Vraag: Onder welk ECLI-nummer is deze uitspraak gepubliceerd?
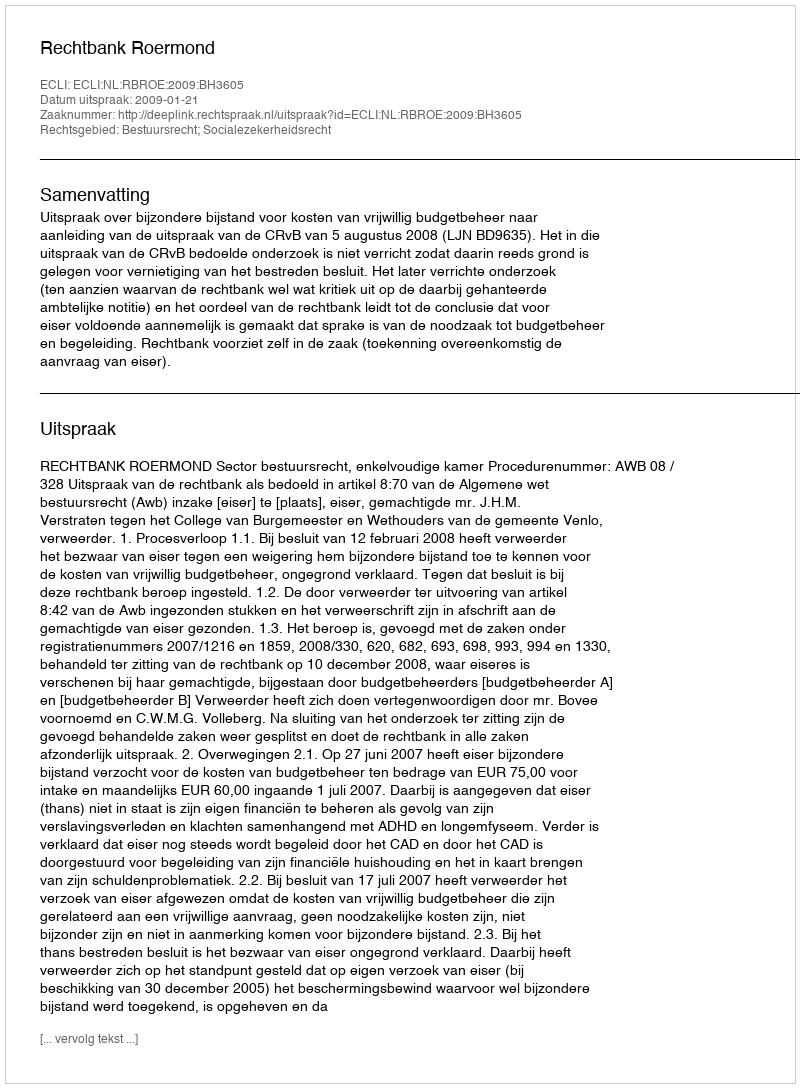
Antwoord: ECLI:NL:RBROE:2009:BH3605